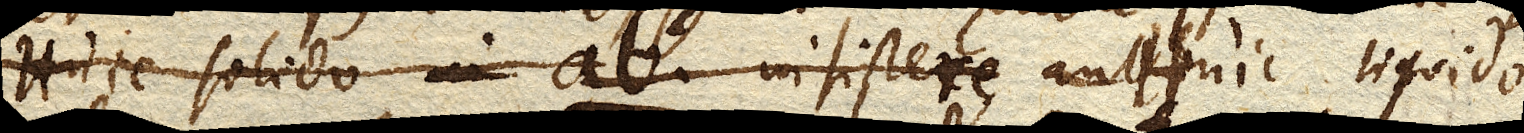
Huic solido ab insistere aut huic liquido